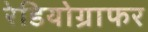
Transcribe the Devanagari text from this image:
रेडियोग्राफर